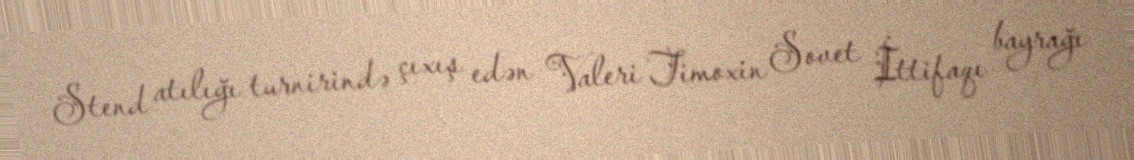
Stend atılığı turnirində çıxış edən Valeri Timoxin Sovet İttifaqı bayrağı